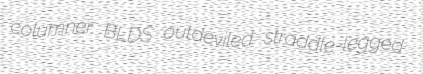
columner BLDS outdeviled straddle-legged